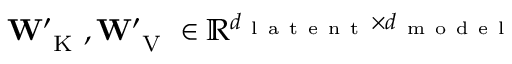
\mathbf { W } _ { \mathrm { ~ K ~ } } ^ { \prime } , \mathbf { W } _ { \mathrm { ~ V ~ } } ^ { \prime } \in \mathbb { R } ^ { d _ { \mathrm { ~ l ~ a ~ t ~ e ~ n ~ t ~ } } \times d _ { \mathrm { ~ m ~ o ~ d ~ e ~ l ~ } } }